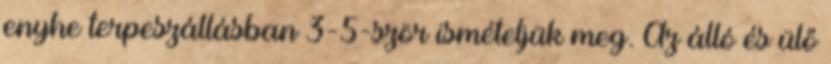
enyhe terpeszállásban 3-5-ször ismételjük meg. Az álló és ülő